65_HS1-834228961_62-HQ-83894_Section_1
Agency: FBI
Page 163
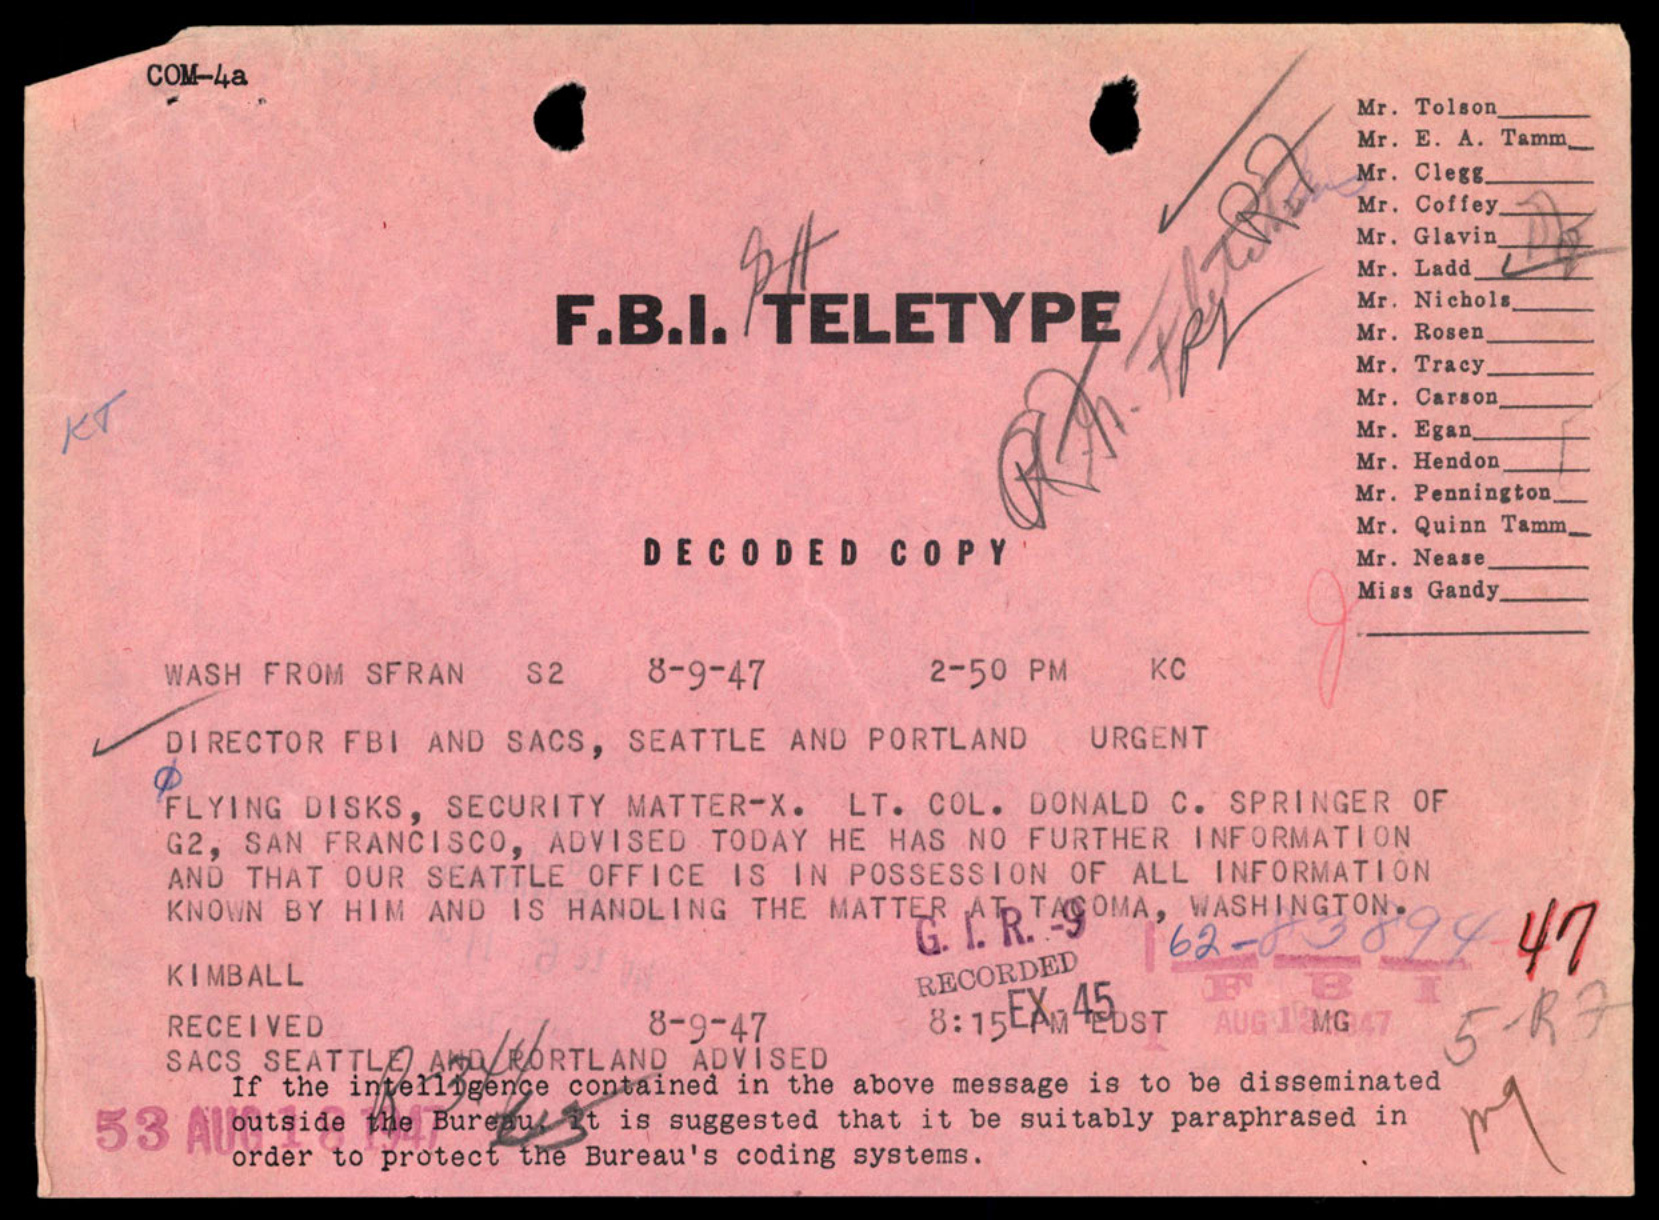